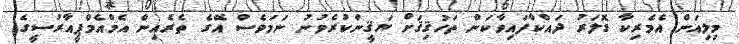
މިލިއަން އެމެރިކާ ޑޮލަރު ދައްކާފައިވާކަން ތަހުޤިޤަށް ޔަޤީންކުރެވުނު ނަމަވެސް އޭގެ ތެރެއިން އެމްއެމްޕީއާރުސީގެ